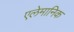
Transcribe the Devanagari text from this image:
एलेमानिक